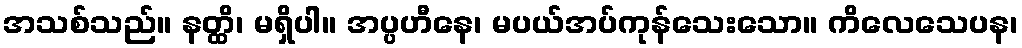
အသစ်သည်။ နတ္ထိ၊ မရှိပါ။ အပ္ပဟီနေ၊ မပယ်အပ်ကုန်သေးသော။ ကိလေသေပန၊